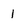
Character: 1